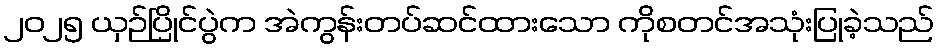
၂၀၂၅ ယှဉ်ပြိုင်ပွဲက အဲကွန်းတပ်ဆင်ထားသော ကိုစတင်အသုံးပြုခဲ့သည်